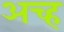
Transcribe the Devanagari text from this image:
अच्ह